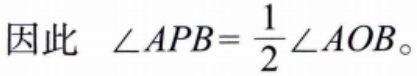
因此 $\angle APB = \frac{1}{2}\angle AOB$。